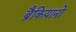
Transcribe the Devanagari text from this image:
ब्रैकियानो